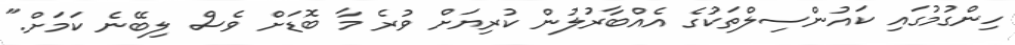
ހިންގުމުގައި ކައުންސިލްތަކުގެ އެއްބާރުލުން ކުރިޔަށް ވުރެ މާ ބޮޑަށް ވެސް ލިބޭނެ ކަމަށް."